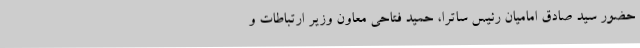
حضور سید صادق امامیان رئیس ساترا، حمید فتاحی معاون وزیر ارتباطات و